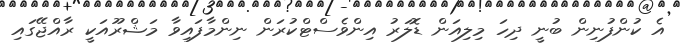
އެ ކުންފުނިން ބުނީ ދިހަ މިލިއަން ޑޮލަރު އިންވެސްޓްކުރަން ނިންމާފައިވާ މަޝްރޫއަކީ ރާއްޖޭގައި